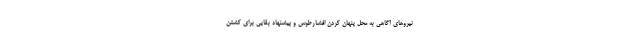
نیروهای آگاهی به محلِ پنهان کردنِ افشارطوس و پیشنهاد بقایی برای کشتنِ